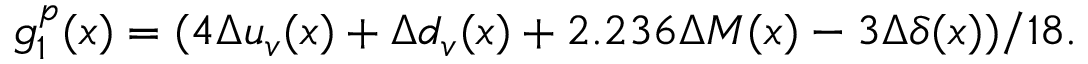
g _ { 1 } ^ { p } ( x ) = ( 4 \Delta u _ { v } ( x ) + \Delta d _ { v } ( x ) + 2 . 2 3 6 \Delta M ( x ) - 3 \Delta \delta ( x ) ) / 1 8 .